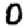
Digit: 0